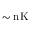
\sim \mathrm { { n K } }